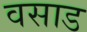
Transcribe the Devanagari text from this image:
वसाड